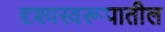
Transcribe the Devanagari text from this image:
दृश्यस्वरूपातील